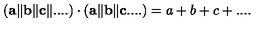
( { \bf a } \Vert { \bf b } \Vert { \bf c } \Vert . . . . ) \cdot ( { \bf a } \Vert { \bf b } \Vert { \bf c } . . . . ) = a + b + c + . . . .